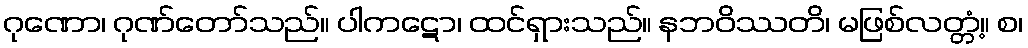
ဂုဏော၊ ဂုဏ်တော်သည်။ ပါကဋော၊ ထင်ရှားသည်။ နဘဝိဿတိ၊ မဖြစ်လတ္တံ့။ စ၊